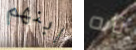
ابنهم تأبه